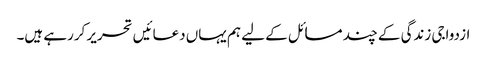
ازدواجی زندگی کے چند مسائل کے لیے ہم یہاں دعائیں تحریر کررہے ہیں۔